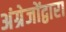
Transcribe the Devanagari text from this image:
अंग्रेजोंद्वारा